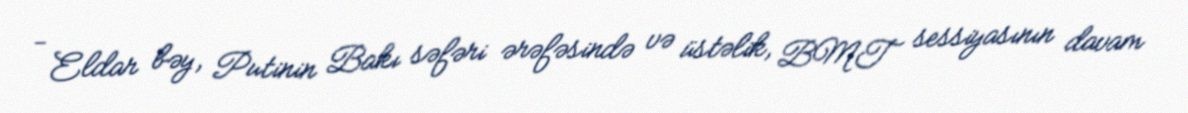
- Eldar bəy, Putinin Bakı səfəri ərəfəsində və üstəlik, BMT sessiyasının davam